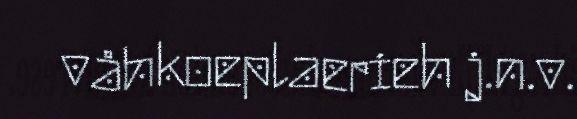
våhkoeplaerieh j.n.v.